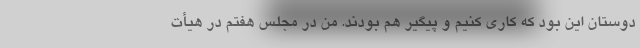
دوستان این بود که کاری کنیم و پیگیر هم بودند. من در مجلس هفتم در هیأت